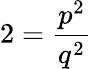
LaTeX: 2=\frac{p^{2}}{q^{2}}